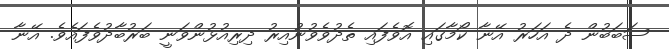
ސަބަބުން ދެ އަހަރު އޭނާ ކޯމާގައި އޮވެފައި ތެދުވެވުނުއިރު ދިރިއުޅުންވަނީ ބަރުބާދުވެފައެވެ. އޭނާ